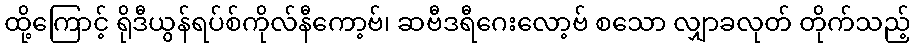
ထို့ကြောင့် ရိုဒီယွန်ရပ်စ်ကိုလ်နီကော့ဗ်၊ ဆဗီဒရီဂေးလော့ဗ် စသော လျှာခလုတ် တိုက်သည့်